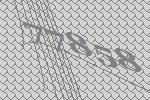
77858